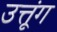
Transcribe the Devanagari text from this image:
उत्तूंग